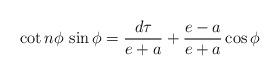
LaTeX: \begin{align*}\cot n\phi \,\sin \phi = \dfrac{d\tau}{e+a}+\dfrac{e-a}{e+a}\cos \phi\end{align*}